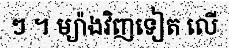
ៗ ។ ម្យ៉ាងវិញទៀត លើ